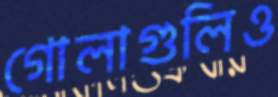
গোলাগুলিও